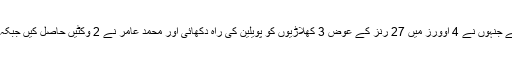
نادرن ٹیم کی جانب سے سہیل تنویر سب سے کامیاب باﺅلر رہے جنہوں نے 4 اوورز میں 27 رنز کے عوض 3 کھلاڑیوں کو پویلین کی راہ دکھائی اور محمد عامر نے 2 وکٹیں حاصل کیں جبکہ شاداب خان اور محمد نواز نے ایک، ایک کھلاڑی کو آﺅٹ کیا۔